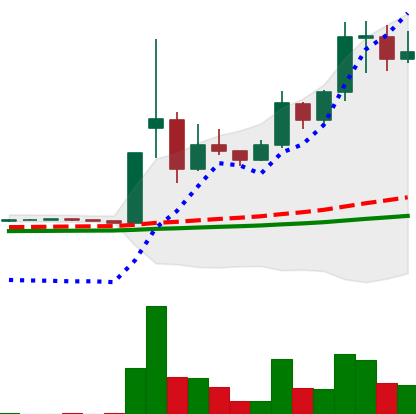
Ticker: DOGE-USD
Chart end date: 2021-02-10
Forward return: -22.368%
Label: down_7plus